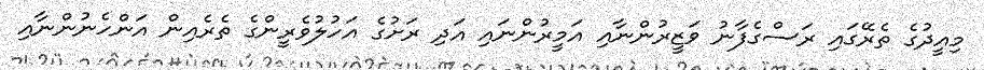
މިއީދުގެ ތެރޭގައި ރަސްގެފާނު ވަޒީރުންނާއި އަމީރުންނައި އަދި ރަށުގެ އަހުލުވެރީންގެ ތެރެއިން އަންހެނުންނާއި